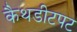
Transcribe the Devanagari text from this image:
कैथडीटपट